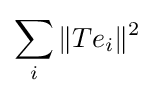
\sum _{i}\|Te_{i}\|^{2}